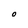
Character: O